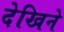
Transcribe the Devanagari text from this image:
देखिने